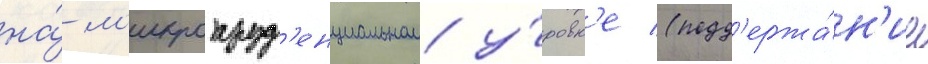
на́ м'икропруд'енциальном у́ровн'е (подд'ержа́н'ие